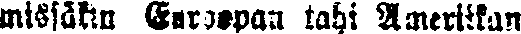
missäkin Euroopan tahi Ameriikan